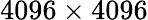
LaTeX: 4096\times 4096